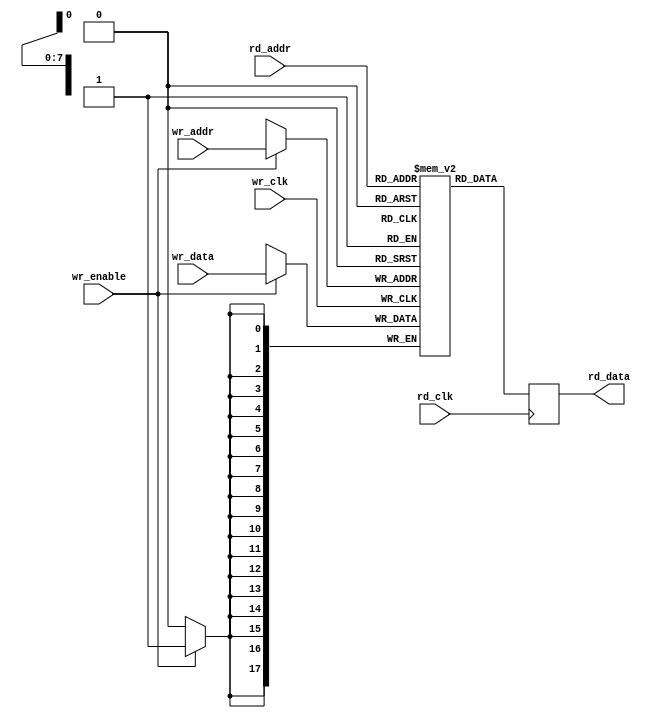
module myram(
	input		  rd_clk,
	input	   [ 7:0] rd_addr,
	output reg [17:0] rd_data,
	input		  wr_clk,
	input		  wr_enable,
	input	   [ 7:0] wr_addr,
	input	   [17:0] wr_data
);
	reg [17:0] memory [0:255];
	integer i;

	function [17:0] hash(input [7:0] k);
		reg [31:0] x;
		begin
			x = {k, ~k, k, ~k};
			x = x ^ (x << 13);
			x = x ^ (x >> 17);
			x = x ^ (x << 5);
			hash = x;
		end
	endfunction

	initial begin
		for (i = 0; i < 256; i = i+1)
			memory[i] = hash(i);
	end

	always @(posedge rd_clk)
		rd_data <= memory[rd_addr];

	always @(posedge wr_clk)
		if (wr_enable)
			memory[wr_addr] <= wr_data;
endmodule